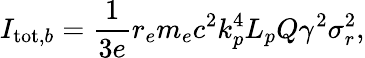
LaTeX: I_{\mathrm{tot},b}=\frac{1}{3e}r_{e}m_{e}c^{2}k_{p}^{4}L_{p}Q\gamma^{2}\sigma_{r}^{2},